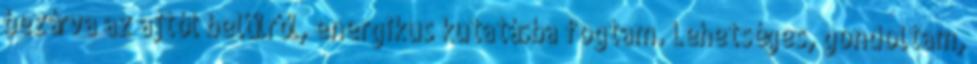
bezárva az ajtót belülről, energikus kutatásba fogtam. Lehetséges, gondoltam,